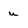
Character: u